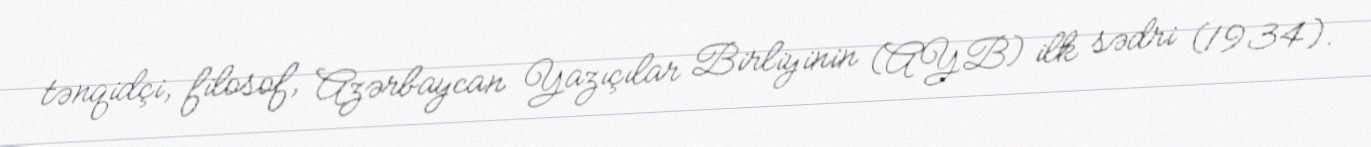
tənqidçi, filosof, Azərbaycan Yazıçılar Birliyinin (AYB) ilk sədri (1934).